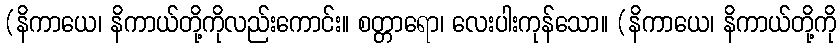
(နိကာယေ၊ နိကာယ်တို့ကိုလည်းကောင်း။ စတ္တာရော၊ လေးပါးကုန်သော။ (နိကာယေ၊ နိကာယ်တို့ကို